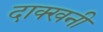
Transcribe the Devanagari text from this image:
दाक्खनी